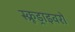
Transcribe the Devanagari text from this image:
स्क्रूड्राइवरों